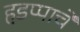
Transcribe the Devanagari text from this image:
हडप्पाचे